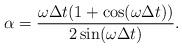
LaTeX: \begin{align*}\alpha=\frac{\omega \Delta t(1+\cos(\omega \Delta t))}{2\sin(\omega \Delta t)}.\end{align*}